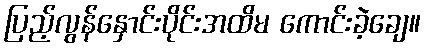
ပြည့်လွန်နှောင်းပိုင်းအထိမ ကောင်းခဲ့ချေ။